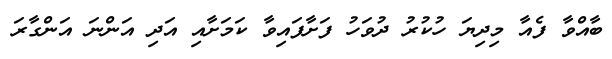
ބާއްވާ ފެއާ މިދިޔަ ހުކުރު ދުވަހު ފަށާފައިވާ ކަމަށާއި އަދި އަންނަ އަންގާރަ